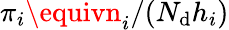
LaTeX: \pi_{i}\equivn_{i}/(N_{\mathrm{d}}h_{i})